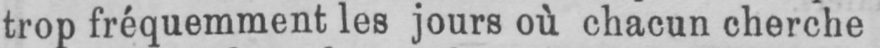
trop fréquemment les jours où chacun cherche